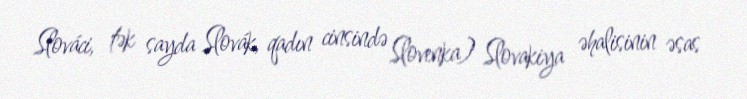
Slováci, tək sayda Slovák, qadın cinsində Slovenka) Slovakiya əhalisinin əsas